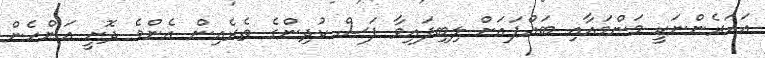
އަހަރެންނަކީ މަންމައާއި ބައްޕައަށް ލިބިފައިވާ ފަސް ކުދިންގެ ތެރެއިން އެންމެ ދޮށީ އަންހެން